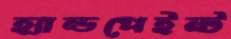
হ্যান্ডপেইন্ট